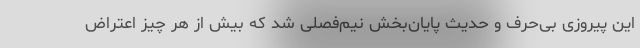
این پیروزی بی‌حرف و حدیث پایان‌بخش نیم‌فصلی شد که بیش از هر چیز اعتراض